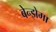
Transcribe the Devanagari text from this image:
बेन्झेमा